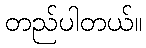
တည်ပါတယ်။